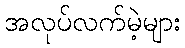
အလုပ်လက်မဲ့များ